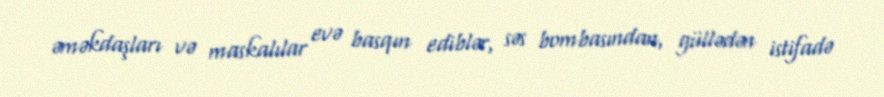
əməkdaşları və maskalılar evə basqın ediblər, səs bombasından, güllədən istifadə